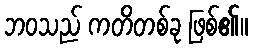
ဘဝသည် ကတိတစ်ခု ဖြစ်၏။